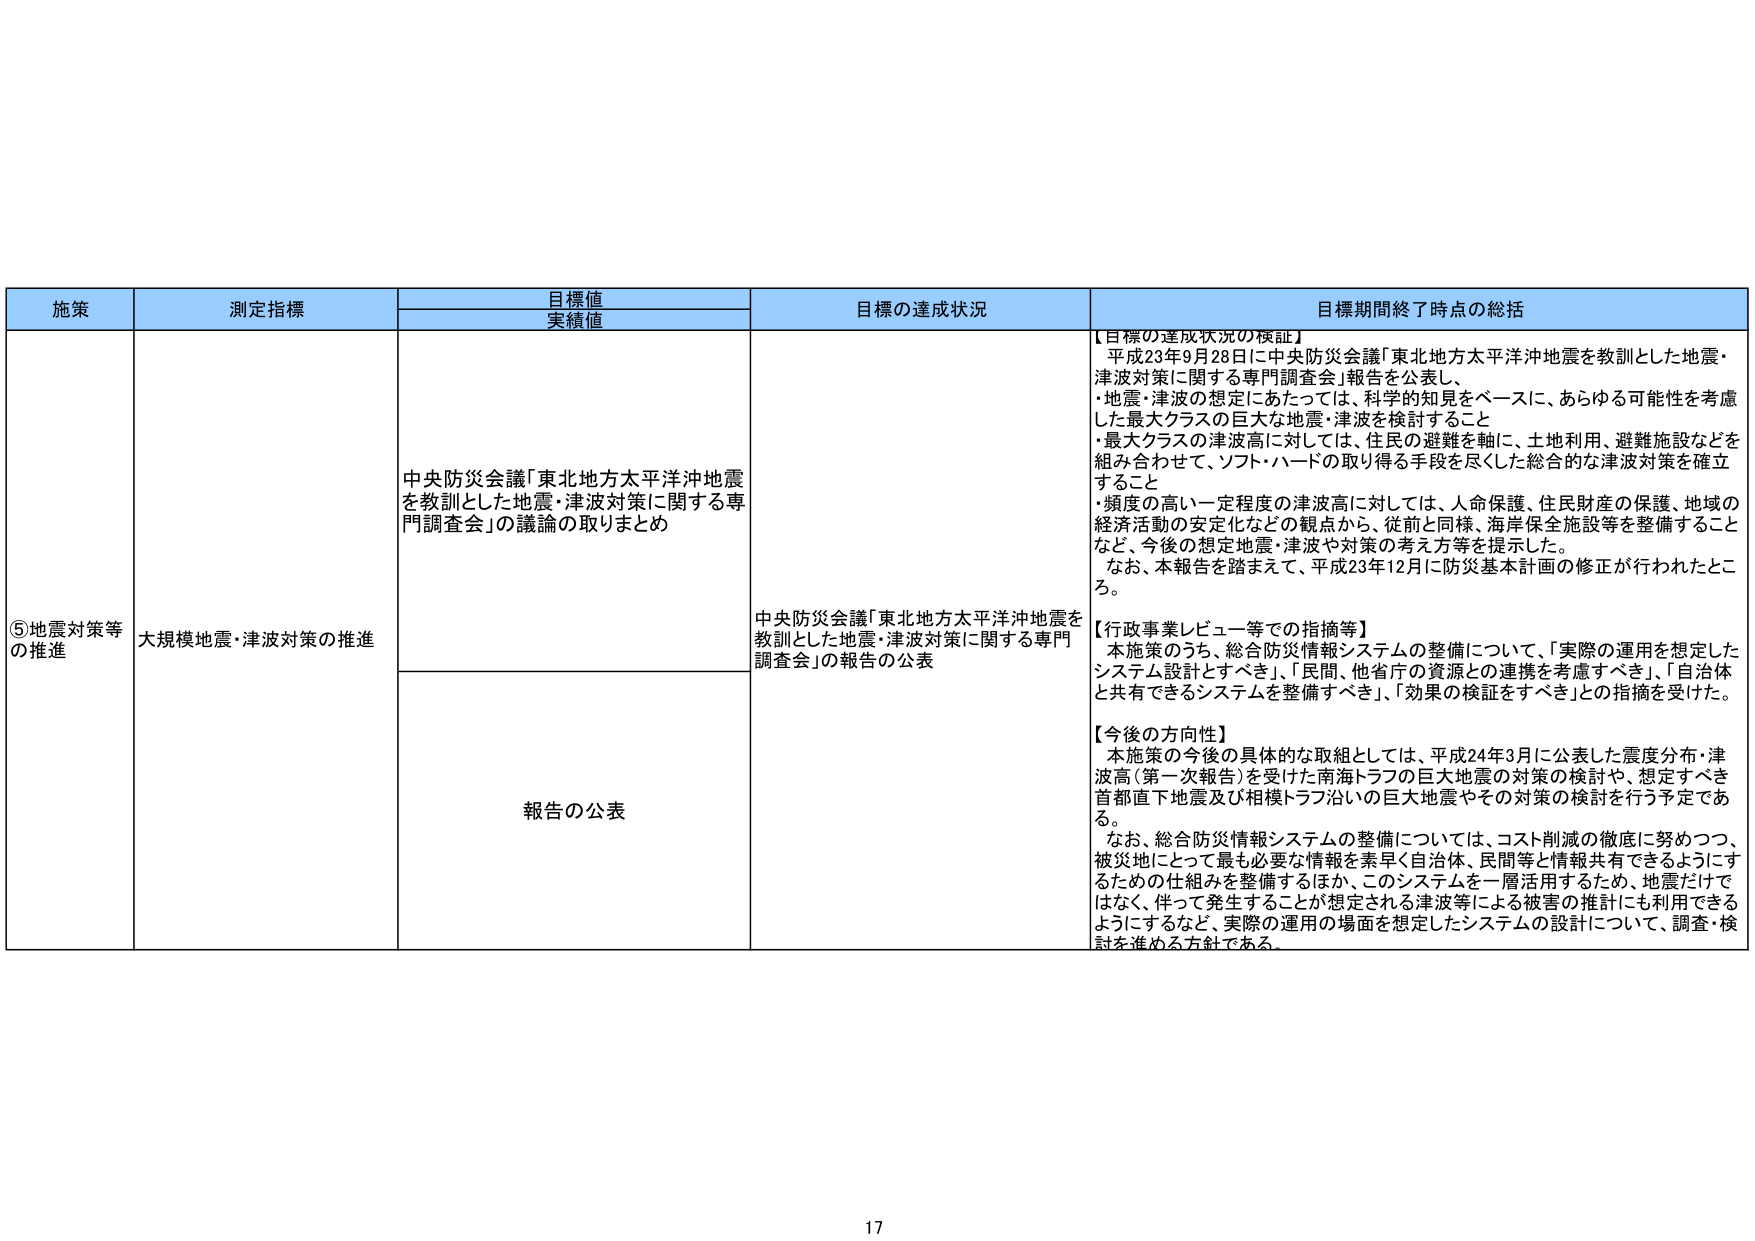
施策
測定指標
目標値
実績値
目標の達成状況
目標期間終了時点の総括
⑤地震対策等の推進
大規模地震・津波対策の推進
中央防災会議「東北地方太平洋沖地震を教訓とした地震・津波対策に関する専門調査会」の議論の取りまとめ
中央防災会議「東北地方太平洋沖地震を教訓とした地震・津波対策に関する専門調査会」の報告の公表
【目標の達成状況の検証】
平成23年9月28日に中央防災会議「東北地方太平洋沖地震を教訓とした地震・津波対策に関する専門調査会」報告を公表し、
・地震・津波の想定にあたっては、科学的知見をベースに、あらゆる可能性を考慮した最大クラスの巨大な地震・津波を検討すること
・最大クラスの津波高に対しては、住民の避難を軸に、土地利用、避難施設などを組み合わせて、ソフト・ハードの取り得る手段を尽くした総合的な津波対策を確立すること
・頻度の高い一定程度の津波高に対しては、人命保護、住民財産の保護、地域の経済活動の安定化などの観点から、従前と同様、海岸保全施設等を整備することなど、今後の想定地震・津波や対策の考え方等を提示した。
なお、本報告を踏まえて、平成23年12月に防災基本計画の修正が行われたところ。
【行政事業レビュー等での指摘等】
本施策のうち、総合防災情報システムの整備について、「実際の運用を想定したシステム設計とすべき」、「民間、他省庁の資源との連携を考慮すべき」、「自治体と共有できるシステムを整備すべき」、「効果の検証をすべき」との指摘を受けた。
【今後の方向性】
本施策の今後の具体的な取組としては、平成24年3月に公表した震度分布・津波高（第一次報告）を受けた南海トラフの巨大地震の対策の検討や、想定すべき首都直下地震及び相模トラフ沿いの巨大地震やその対策の検討を行う予定である。
なお、総合防災情報システムの整備については、コスト削減の徹底に努めつつ、被災地にとって最も必要な情報を素早く自治体、民間等と情報共有できるようにするための仕組みを整備するほか、このシステムを一層活用するため、地震だけではなく、伴って発生することが想定される津波等による被害の推計にも利用できるようにするなど、実際の運用の場面を想定したシステムの設計について、調査・検討を進める方針である。
報告の公表
17